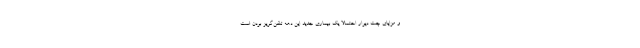
و مزایای چت دیوار احتمالا یک بیماری جدید این دهه تلفن‌گریز بودن است.